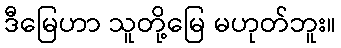
ဒီမြေဟာ သူတို့မြေ မဟုတ်ဘူး။